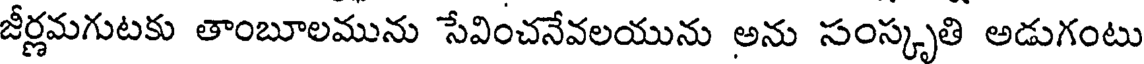
జీర్లమగుటకు తాంబూలమును సేవించనేవలయును అను సంస్కృతి అడుగంటు